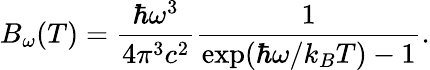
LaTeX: B_{\omega}(T)=\frac{\hbar\omega^{3}}{4\pi^{3}c^{2}}\frac{1}{\exp(\hbar\omega/k_{B}T)-1}.